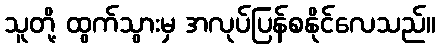
သူတို့ ထွက်သွားမှ အလုပ်ပြန်စနိုင်လေသည်။